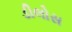
ડીલોસ